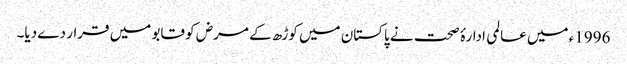
1996ء میں عالمی ادارۂ صحت نے پاکستان میں کوڑھ کے مرض کو قابو میں قرار دے دیا۔